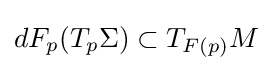
dF_{p}(T_{p}\Sigma )\subset T_{F(p)}M